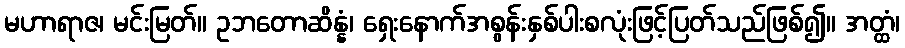
မဟာရာဇ၊ မင်းမြတ်။ ဥဘတောဆိန္နံ၊ ရှေးနောက်အစွန်းနှစ်ပါးစလုံးဖြင့်ပြတ်သည်ဖြစ်၍။ အတ္ထံ၊